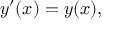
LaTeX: y ^ { \prime } ( x ) = y ( x ) ,